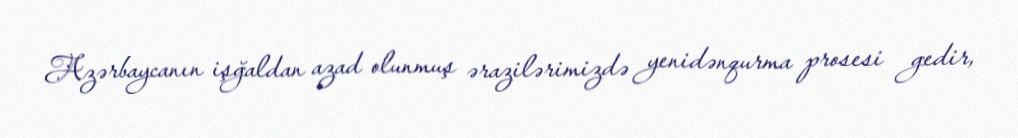
Azərbaycanın işğaldan azad olunmuş ərazilərimizdə yenidənqurma prosesi gedir,